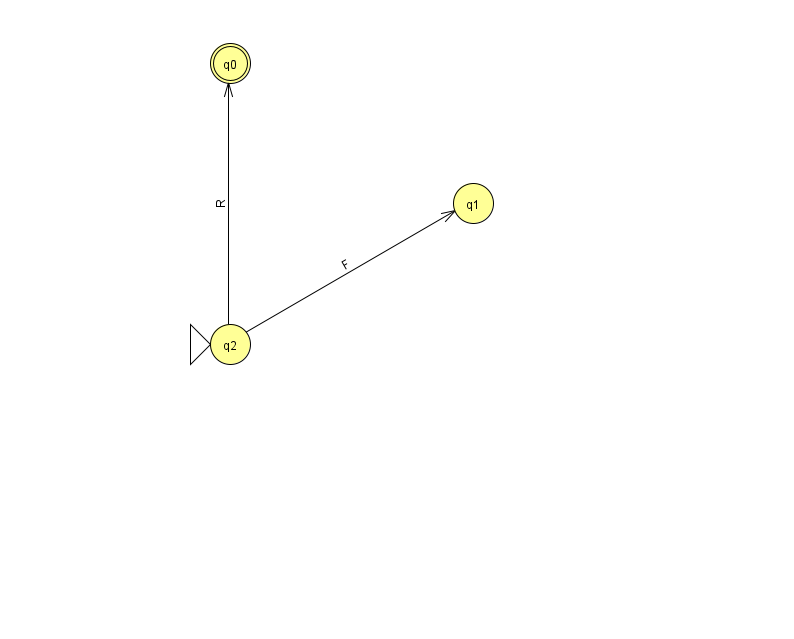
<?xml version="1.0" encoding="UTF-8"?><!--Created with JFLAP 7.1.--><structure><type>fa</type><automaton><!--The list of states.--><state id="0" name="q0"><x>230.0</x><y>50.0</y><final/></state><state id="1" name="q1"><x>473.0</x><y>190.0</y></state><state id="2" name="q2"><x>230.0</x><y>331.0</y><initial/></state><!--The list of transitions.--><transition><from>2</from><to>0</to><read>R</read></transition><transition><from>2</from><to>1</to><read>F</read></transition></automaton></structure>